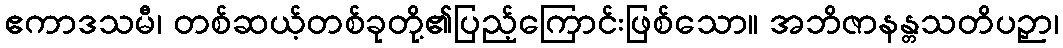
ဧကာဒသမီ၊ တစ်ဆယ့်တစ်ခုတို့၏ပြည့်ကြောင်းဖြစ်သော။ အဘိဇာနန္တသတိပဉှာ၊